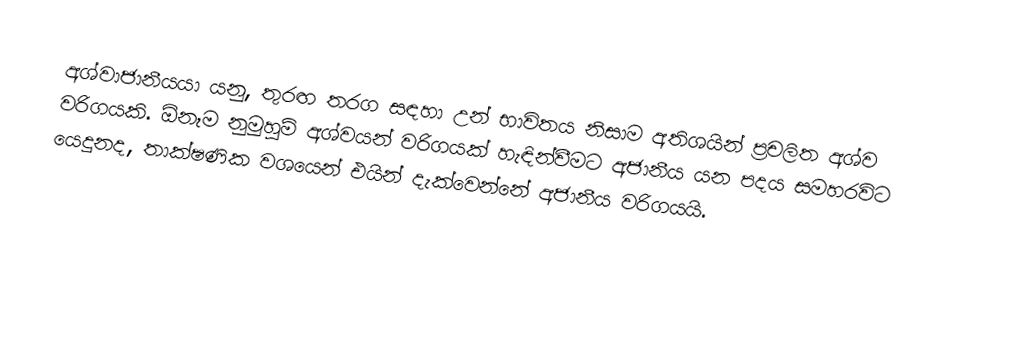
අශ්වාජානීයයා යනු,  තුරඟ තරග සඳහා උන් භාවිතය නිසාම අතිශයින් ප්‍රචලිත අශ්ව වරිගයකි. ඕනෑම නුමුහුම් අශ්වයන් වරිගයක් හැඳින්වීමට අජානීය යන පදය සමහරවිට යෙදුනද, තාක්ෂණික වශයෙන් එයින් දැක්වෙන්නේ  අජානීය වරිගයයි.